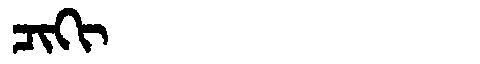
Manchu: ᠴᡳᡴᡳ
Romanization: CIKI